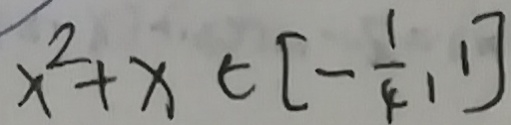
x ^ { 2 } + x \in [ - \frac { 1 } { 4 } , 1 ]